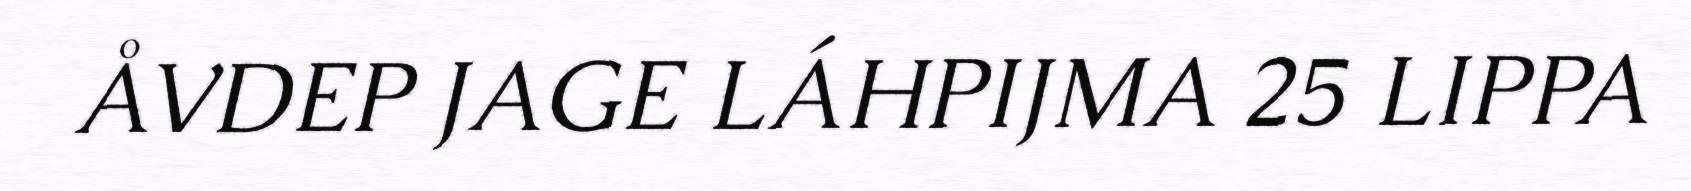
ÅVDEP JAGE LÁHPIJMA 25 LIPPA